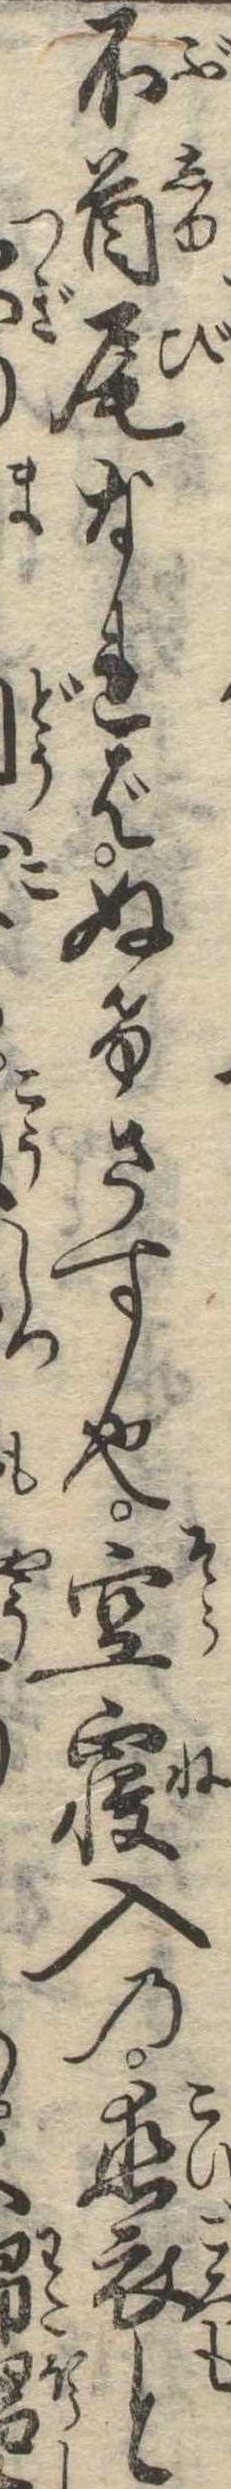
不首尾なればぬけさす也空寝入の恋衣と